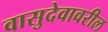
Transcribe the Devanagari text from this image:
वासुदेवावरील